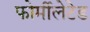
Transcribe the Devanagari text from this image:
फोर्मीलेटेड